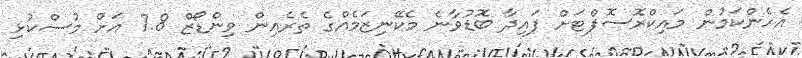
އެހެންކަމުން މައިކްރޮސޮފްޓަށް ފައިދާ ބޮޑުވާނެ މެކޭނިޒަމެއްގެ ތެރެއިން ވިންޑޯޒް 7.8 އަށް މުސްކުޅި